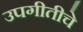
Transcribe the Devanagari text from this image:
उपगीतीचे